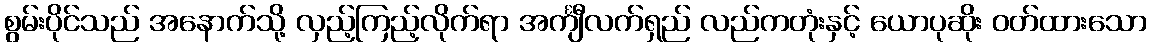
စွမ်းပိုင်သည် အနောက်သို့ လှည့်ကြည့်လိုက်ရာ အင်္ကျီလက်ရှည် လည်ကတုံးနှင့် ယောပုဆိုး ဝတ်ထားသော